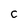
Character: C